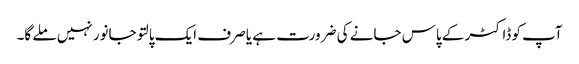
آپ کو ڈاکٹر کے پاس جانے کی ضرورت ہے یا صرف ایک پالتو جانور نہیں ملے گا۔